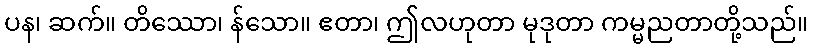
ပန၊ ဆက်။ တိဿော၊ န်သော။ ဧတာ၊ ဤလဟုတာ မုဒုတာ ကမ္မညတာတို့သည်။